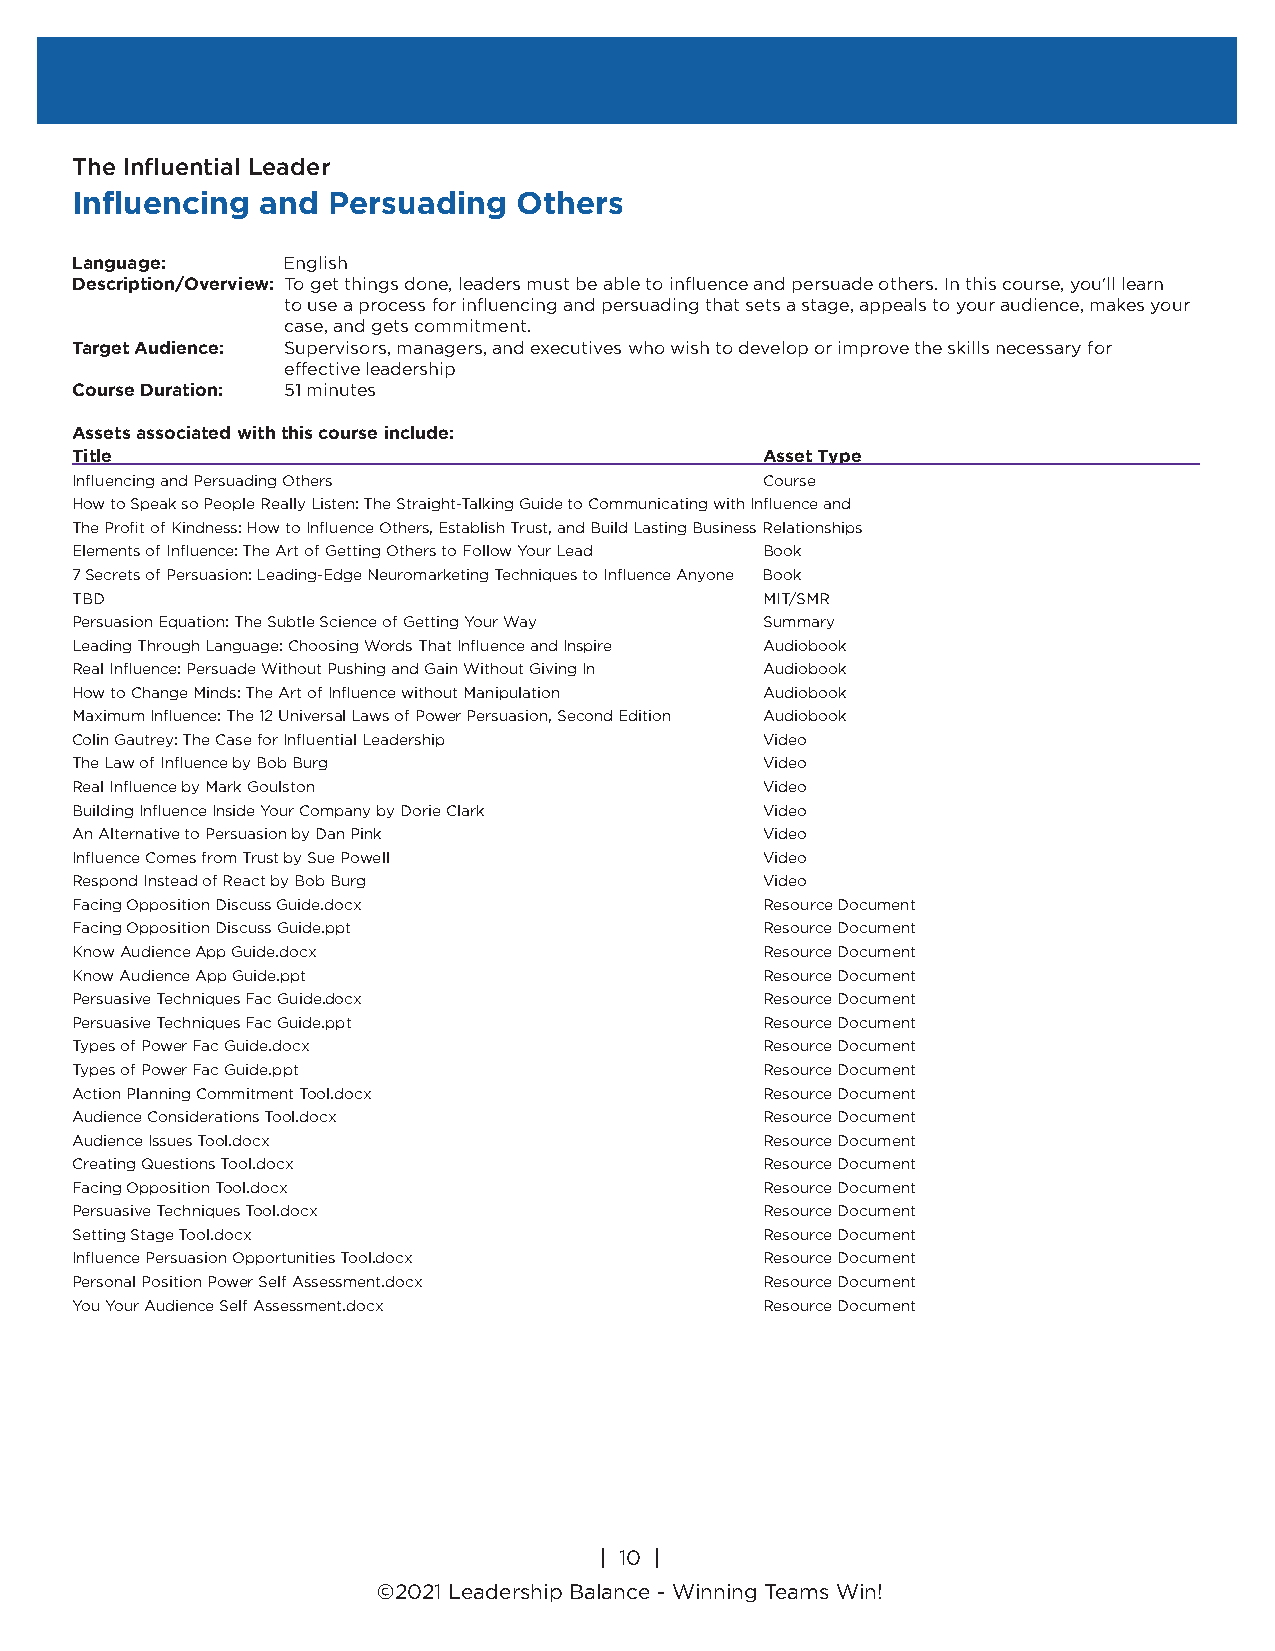
The Influential Leader
 Influencing and  Persuading  Others
 Language:     English
 Description/Overview: To get things done, leaders must be able to influence and persuade others. In this course, you'll learn
 to use a process for influencing and persuading that sets a stage, appeals to your audience, makes your
 case, and gets commitment.
 Target Audience: Supervisors, managers, and executives who wish to develop or improve the skills necessary for
 effective leadership
 Course Duration: 51 minutes
 Assets associated with this course include:
 Title                                         Asset Type
 Influencing and Persuading Others             Course
 How to Speak so People Really Listen: The Straight-Talking Guide to Communicating with Influence and
 The Profit of Kindness: How to Influence Others, Establish Trust, and Build Lasting Business Relationships
 Elements of Influence: The Art of Getting Others to Follow Your Lead Book
 7 Secrets of Persuasion: Leading-Edge Neuromarketing Techniques to Influence Anyone Book
 TBD                                           MIT/SMR
 Persuasion Equation: The Subtle Science of Getting Your Way Summary
 Leading Through Language: Choosing Words That Influence and Inspire Audiobook
 Real Influence: Persuade Without Pushing and Gain Without Giving In Audiobook
 How to Change Minds: The Art of Influence without Manipulation Audiobook
 Maximum Influence: The 12 Universal Laws of Power Persuasion, Second Edition Audiobook
 Colin Gautrey: The Case for Influential Leadership Video
 The Law of Influence by Bob Burg              Video
 Real Influence by Mark Goulston               Video
 Building Influence Inside Your Company by Dorie Clark Video
 An Alternative to Persuasion by Dan Pink      Video
 Influence Comes from Trust by Sue Powell      Video
 Respond Instead of React by Bob Burg          Video
 Facing Opposition Discuss Guide.docx          Resource Document
 Facing Opposition Discuss Guide.ppt           Resource Document
 Know Audience App Guide.docx                  Resource Document
 Know Audience App Guide.ppt                   Resource Document
 Persuasive Techniques Fac Guide.docx          Resource Document
 Persuasive Techniques Fac Guide.ppt           Resource Document
 Types of Power Fac Guide.docx                 Resource Document
 Types of Power Fac Guide.ppt                  Resource Document
 Action Planning Commitment Tool.docx          Resource Document
 Audience Considerations Tool.docx             Resource Document
 Audience Issues Tool.docx                     Resource Document
 Creating Questions Tool.docx                  Resource Document
 Facing Opposition Tool.docx                   Resource Document
 Persuasive Techniques Tool.docx               Resource Document
 Setting Stage Tool.docx                       Resource Document
 Influence Persuasion Opportunities Tool.docx  Resource Document
 Personal Position Power Self Assessment.docx  Resource Document
 You Your Audience Self Assessment.docx        Resource Document
 | 10 |
 ©2018 Leadership Balance®, division of Liderança Group, Inc.
 | 10 |
 ©2021 Leadership Balance - Winning Teams Win!